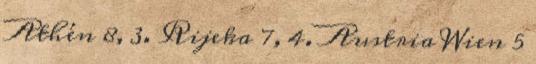
Athén 8, 3. Rijeka 7, 4. Austria Wien 5